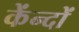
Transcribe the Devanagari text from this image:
केंन्दों